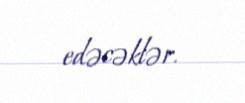
edəcəklər.